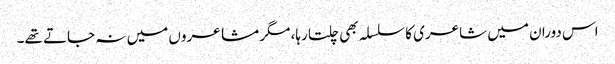
اس دوران میں شاعری کا سلسلہ بھی چلتا رہا، مگر مشاعروں میں نہ جاتے تھے۔